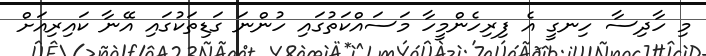
މި ހާދިސާ ހިނގީ އެ ފިރިހެންމީހާ މަސައްކަތުގައި ހުންނަ ގަޑިތަކުގައި އޭނާ ކައިރިއަށް